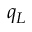
q _ { L }